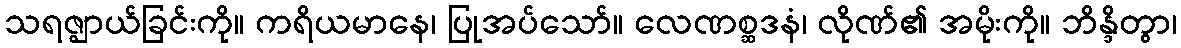
သရဇ္ဈာယ်ခြင်းကို။ ကရိယမာနေ၊ ပြုအပ်သော်။ လေဏစ္ဆဒနံ၊ လိုဏ်၏ အမိုးကို။ ဘိန္ဒိတွာ၊